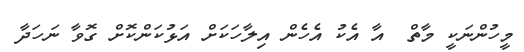
މީހުންނަކީ މާތް  އާ އެކު އެހެން އިލާހަކަށް އަޅުކަންކޮށް ގޮވާ ނަހަދާ